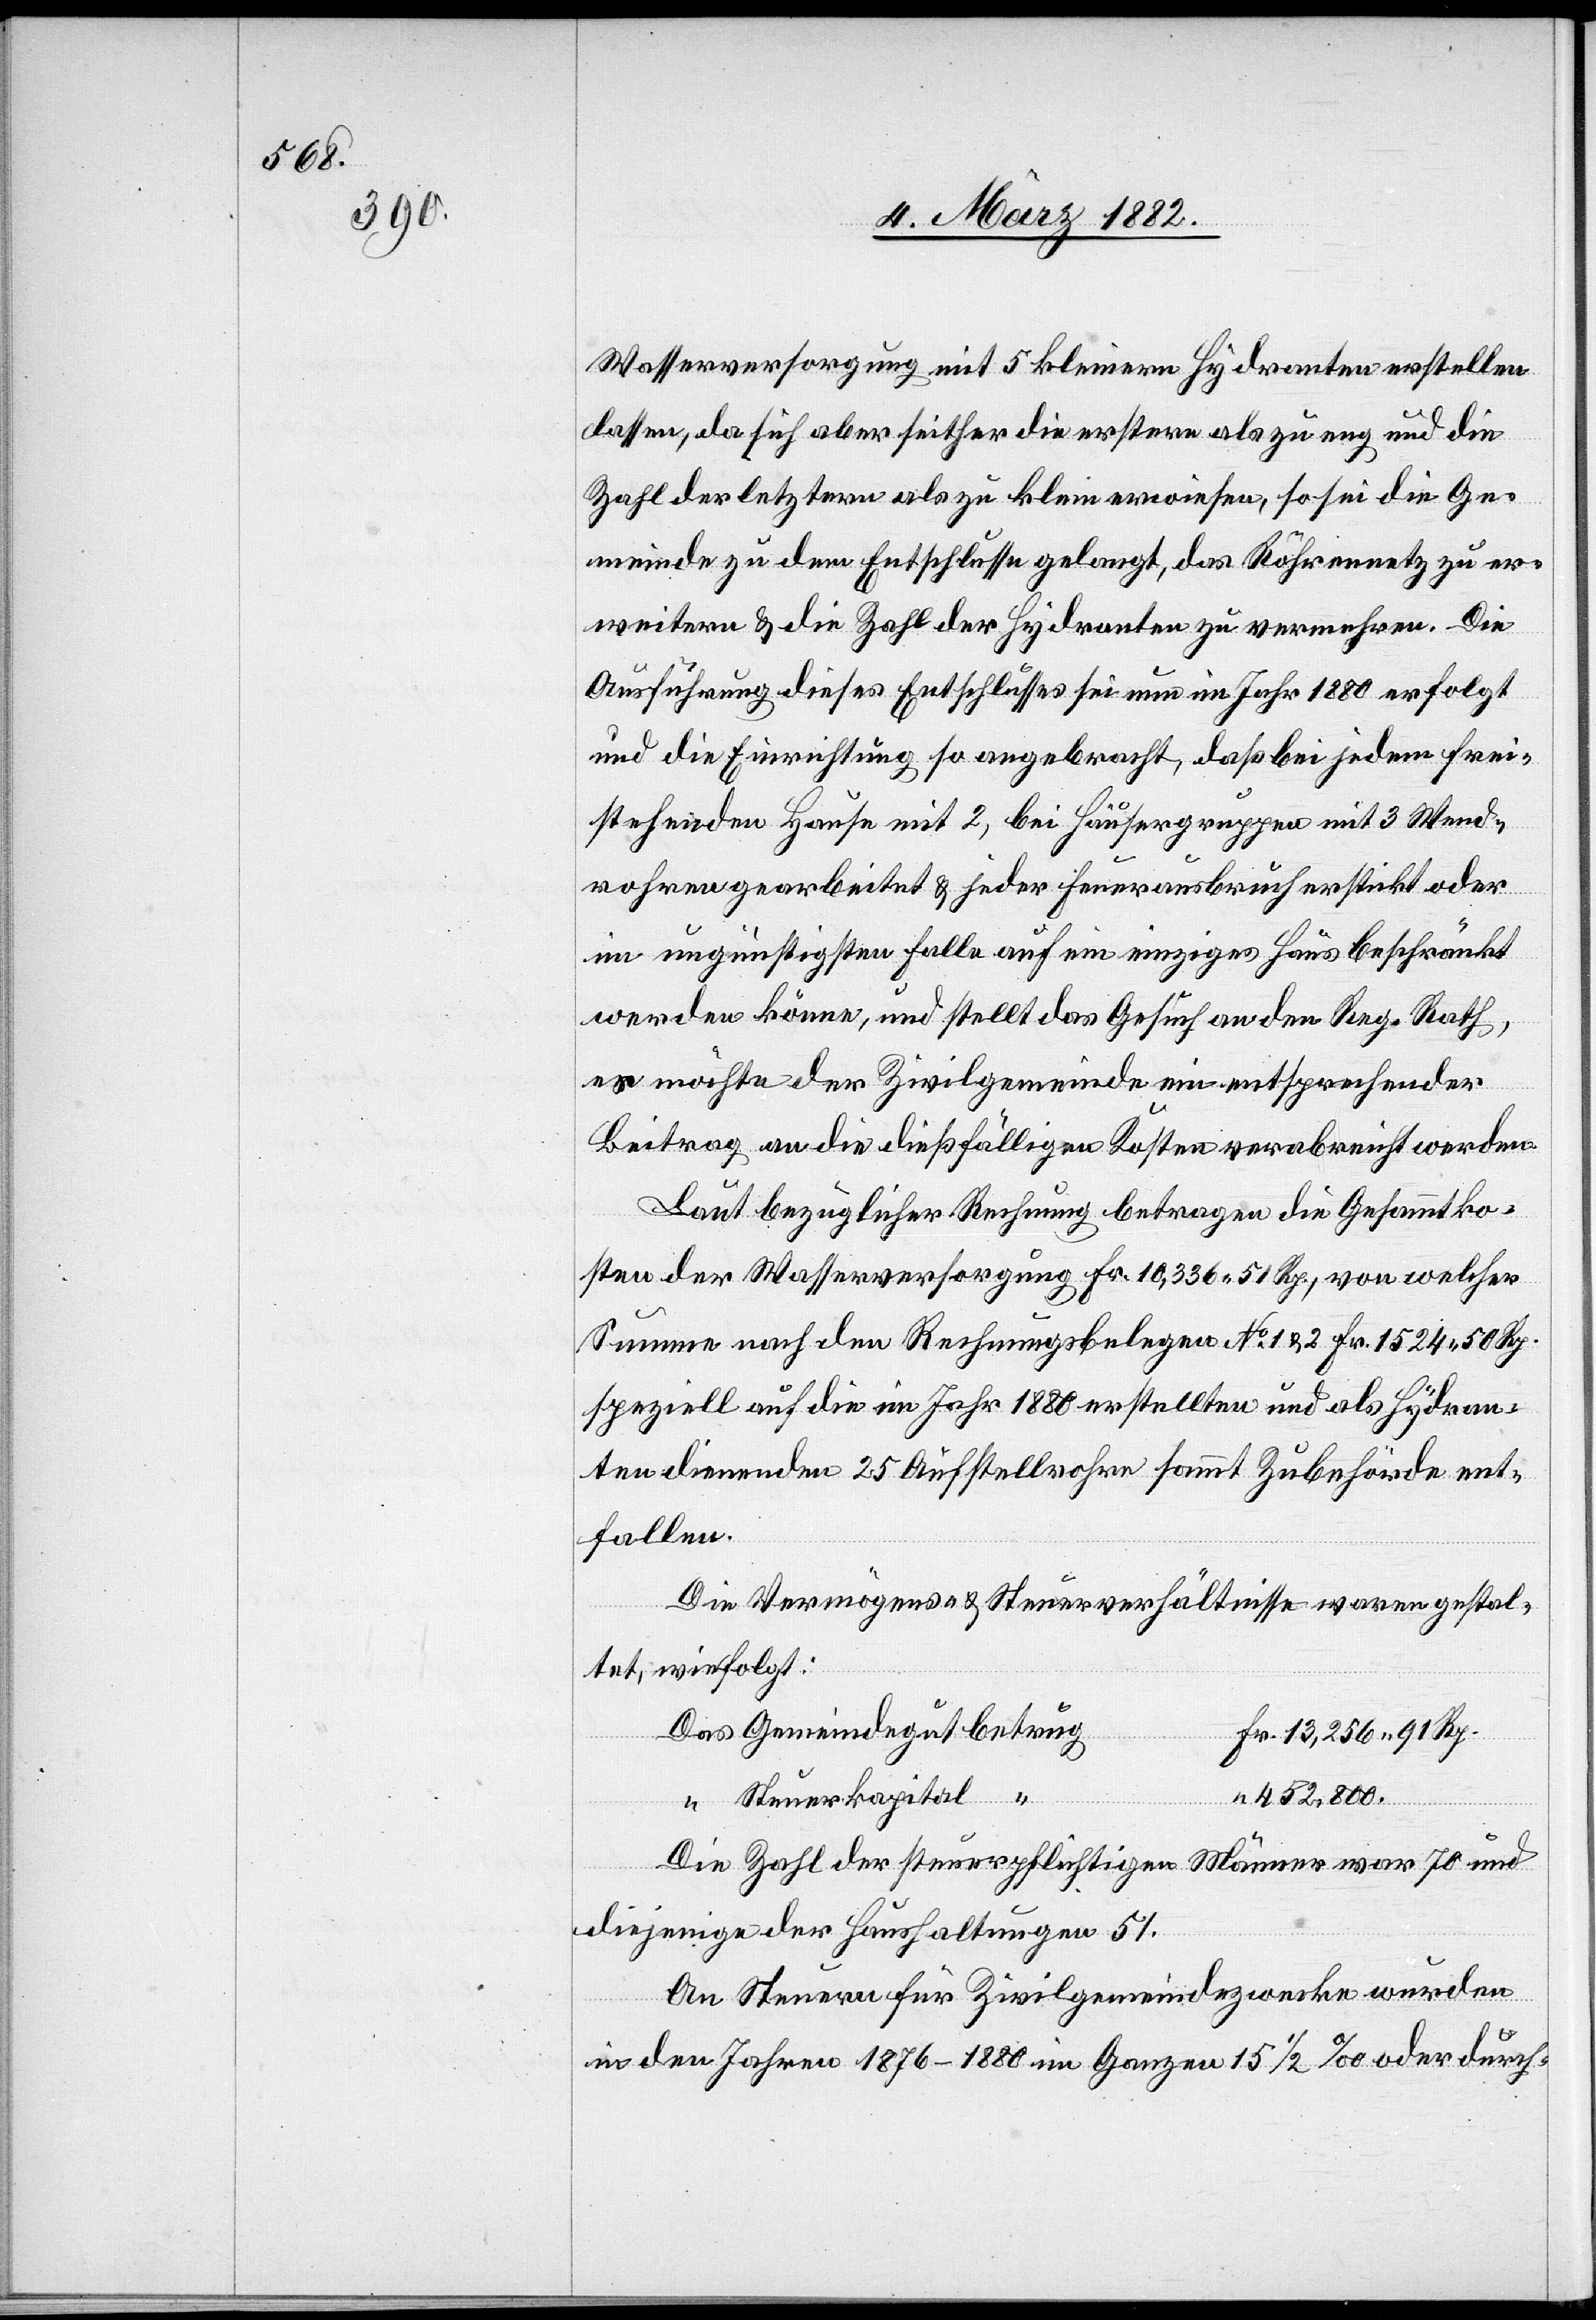
Wasserversorgung mit 5 kleineren Hydranten erstellen
lassen, da sich aber seither die erstere als zu eng und die
Zahl der letztern als zu klein erwiesen, so sei die Ge¬
meinde zu dem Entschlusse gelangt, das Röhrennetz zu er¬
weitern & die Zahl der Hydranten zu vermehren. Die
Ausführung dieses Entschlusses sei nun im Jahr 1880 erfolgt
und die Einrichtung so angebracht, daß bei jedem frei¬
stehenden Hause mit 2, bei Häusergruppen mit 3 Wend¬
rohren gearbeitet & jeder Feuerausbruch erstickt oder
im ungünstigen Falle auf ein einziges Haus beschränkt
werden könne, und stellt das Gesuch an den Reg. Rath,
er möchte der Zivilgemeinde ein entsprechender
Beitrag an die dießfälligen Kosten verabreicht werden.
Laut bezüglicher Rechnung betragen die Gesammtko¬
sten der Wasserversorgung Fr. 10,336 51 Rp., von welcher
Summe nach den Rechnungsbelegen No 1 & 2 Fr. 1524 50 Rp.
speziell auf die im Jahr 1880 erstellten und als Hydran¬
ten dienenden 25 Aufstellrohre sammt Zubehörde ent¬
fallen.
Die Vermögens- & Steuerverhältnisse waren gestal¬
tet, wie folgt:
Das Gemeindegut betrug
Fr. 1,256 91 Rp.
“ 452,800.
“ Steuerkapital “
Die Zahl der steuerpflichtigen Männer war 70 und
diejenige der Haushaltungen 51.
An Steuern für Zivilgemeindezwecke wurden
in den Jahren 1876–1880 im Ganzen 15 1/2‰ oder durch-